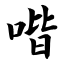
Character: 喈